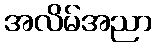
အလိမ်အညာ